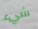
شيء